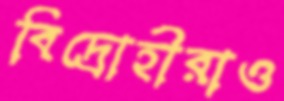
বিদ্রোহীরাও